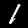
Digit: 1